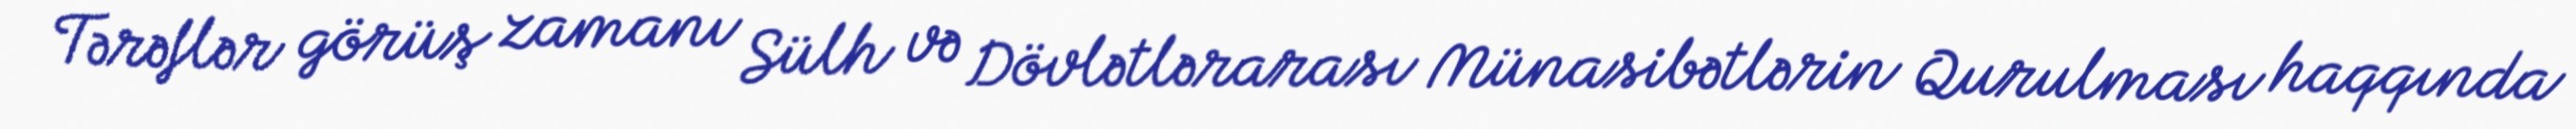
Tərəflər görüş zamanı Sülh və Dövlətlərarası Münasibətlərin Qurulması haqqında